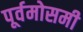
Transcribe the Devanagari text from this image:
पूर्वमोसमी